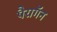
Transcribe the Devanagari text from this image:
पैरागॅन